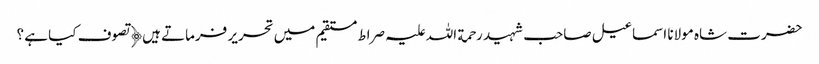
حضرت شاہ مولانا اسماعیل صاحب شہید رحمة اللہ علیہ صراط مستقیم میں تحریر فرماتے ہیں﴿ تصوف کیا ہے ؟